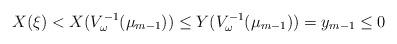
LaTeX: \begin{align*}X(\xi) < X(V_\omega^{-1}(\mu_{m-1})) \le Y(V_\omega^{-1}(\mu_{m-1})) = y_{m-1} \le 0\end{align*}